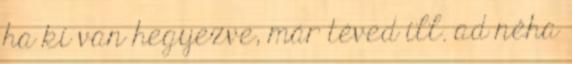
ha ki van hegyezve, már téved ill. ad néha